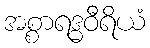
အစ္စာရဒ္ဓဝီရိယံ